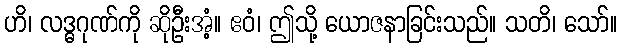
ဟိ၊ လဒ္ဓဂုဏ်ကို ဆိုဦးအံ့။ ဧဝံ၊ ဤသို့ ယောဇနာခြင်းသည်။ သတိ၊ သော်။